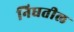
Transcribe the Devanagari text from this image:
निघतील